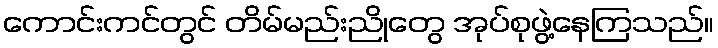
ကောင်းကင်တွင် တိမ်မည်းညိုတွေ အုပ်စုဖွဲ့နေကြသည်။